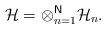
LaTeX: \begin{align*}\mathcal{H}=\otimes _{n=1}^{\mathsf{N}}\mathcal{H}_{n}.\end{align*}